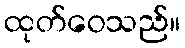
ထုတ်ဝေသည်။